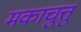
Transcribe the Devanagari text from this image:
मकाचुत्तु